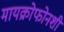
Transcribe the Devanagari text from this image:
मायक्रोफोनशी